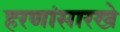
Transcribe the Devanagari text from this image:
हरणांसारखे